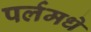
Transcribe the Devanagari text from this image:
पर्लमधे